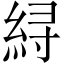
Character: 𱹳